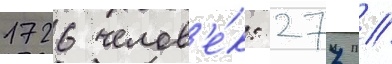
1726 челов'е́к: 277 //